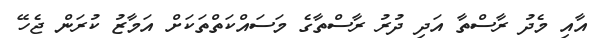
އާއި މެދު ރާސްތާ އަދި ދުރު ރާސްތާގެ މަސައްކަތްތަކަށް އަމާޒު ކުރަން ޖެހޭ